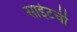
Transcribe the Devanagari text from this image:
साईटची